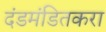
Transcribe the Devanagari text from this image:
दंडमंडितकरा